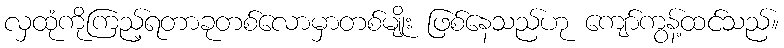
လှထုံကိုကြည့်ရတာခုတစ်လောမှာတစ်မျိုး ဖြစ်နေသည်ဟု ကျော်ကွန့်ထင်သည်။